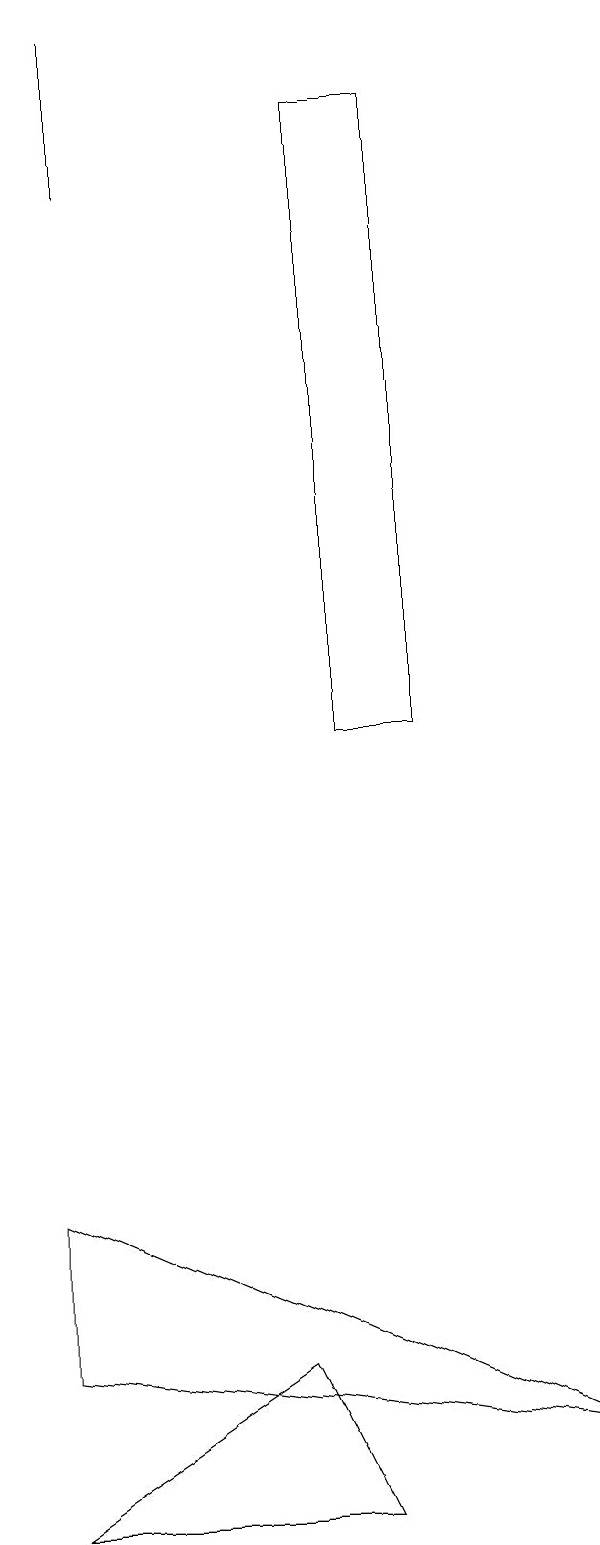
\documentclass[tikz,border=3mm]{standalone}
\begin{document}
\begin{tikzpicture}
\draw (5,10) rectangle (6,18);
\draw (1,0) -- (4,2) -- (5,0) -- cycle;
\draw (8,1) -- (1,4) -- (1,2) -- cycle;
\draw (2,17) rectangle (2,19);
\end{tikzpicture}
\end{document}